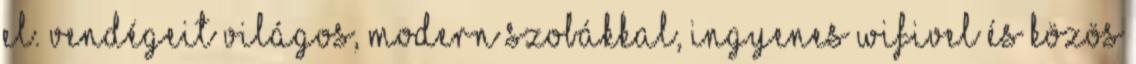
el. Vendégeit világos, modern szobákkal, ingyenes wifivel és közös